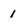
Character: 1